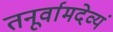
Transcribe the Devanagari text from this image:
तनूर्वामदेव्यं